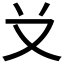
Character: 𠬠